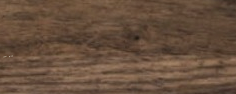
VISIT US